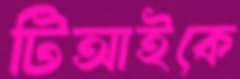
টিআইকে